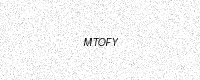
Text: MTOFY